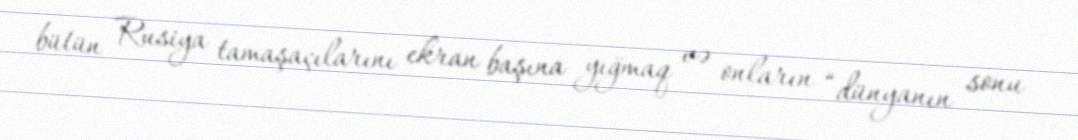
bütün Rusiya tamaşaçılarını ekran başına yığmaq və onların “dünyanın sonu